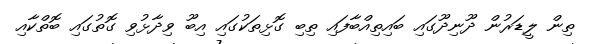
ތިން ލީޑަރުން ދޫނިދޫގައި ބައިތިއްބާފައި ތިބި ގޮޅިތަކުގައި އިބޫ ވިދާޅުވި ގޮތުގައި ބޮތްކާއި